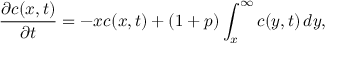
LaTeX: { \frac { \partial c ( x , t ) } { \partial t } } = - x c ( x , t ) + ( 1 + p ) \int _ { x } ^ { \infty } c ( y , t ) \, d y ,